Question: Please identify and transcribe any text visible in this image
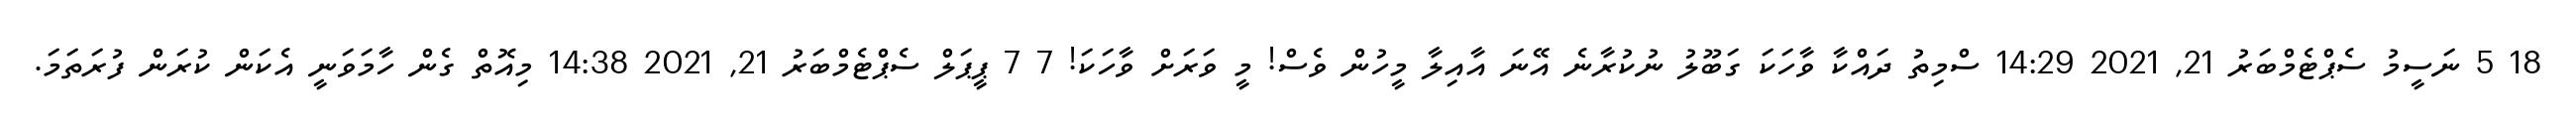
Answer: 18 5 ނަސީމު ސެޕްޓެމްބަރު 21, 2021 14:29 ސްމިތު ދައްކާ ވާހަކަ ގަބޫލު ނުކުރާނެ އޭނަ އާއިލާ މީހުން ވެސް! މީ ވަރަށް ވާހަކަ! 7 7 ޕީޕަލް ސެޕްޓެމްބަރު 21, 2021 14:38 މިއޮތް ގެން ހާމަވަނީ އެކަން ކުރަން ފުރަތަމަ.